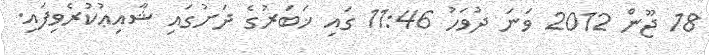
18 ޖޫން 2012 ވަނަ ދުވަހު 11:46 ގައި ޚަބަރުގެ ދަށުގައި ޝާއިޢުކުރެވިފައި.